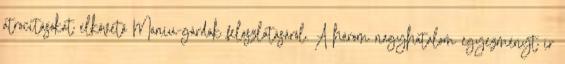
atrocitásokat elkövetõ Maniu-gárdák feloszlatásáról. A három nagyhatalom egyezményt ír